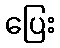
ပြေး